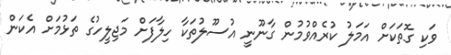
ވަކި ގޮތަކަށް އަމަލު ކުރެއްވުމުން ގާނޫނީ އުސޫލުތަކާ ހިލާފަށް މަޖިލީހުގެ ތަޅުމަށް އެކަން